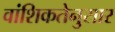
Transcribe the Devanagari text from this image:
वांशिकतेनुसार